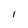
Character: I